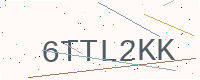
Text: 6TTL2KK